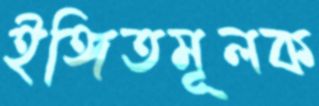
ইঙ্গিতমূলক